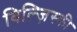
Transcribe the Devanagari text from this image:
विल्ज़िस्की